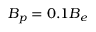
{ B _ { p } } = 0 . 1 { B _ { e } }